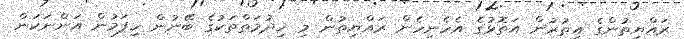
ރައްޔިތުންގެ އިތުރުން އަތޮޅުގެ އެހެނިހެން ރައްޔިތުން މި ޚިދުމަތްތަކުގެ ބޭނުން ހިފަމުން އަންނަކަން